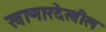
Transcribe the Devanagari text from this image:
खाणारदेखील